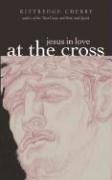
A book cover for At the Cross (Jesus in Love); Kittredge Cherry; Christian Books & Bibles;